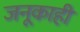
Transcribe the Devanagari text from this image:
जनूकाही